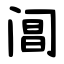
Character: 阊